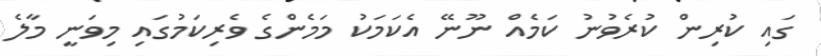
ގައި ކުރިން ކުރެވުނު ކަމެއް ނޫނޭ އެކަމަކު މަމެންގެ ވެރިކަމުގައި މިވަނީ މާލެ